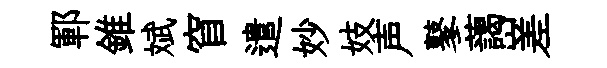
鄆錐斌窅遣妙妓声鼕藹嵳